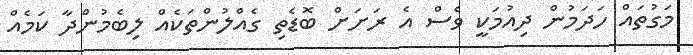
މަގުތައް ހަދަމުން ދިއުމަކީ ވެސް އެ ރަށަށް ބޮޑެތި ގެއްލުންތަކެއް ލިބެމުންދާ ކަމެއް